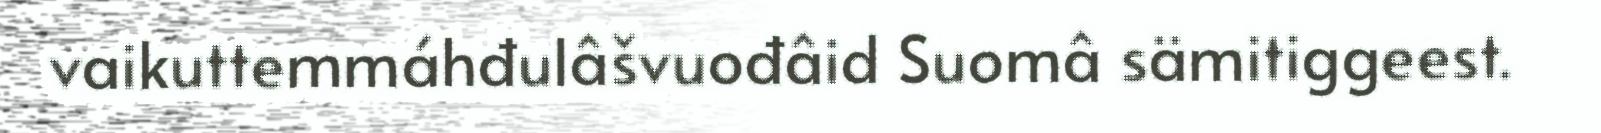
vaikuttemmáhđulâšvuođâid Suomâ sämitiggeest.